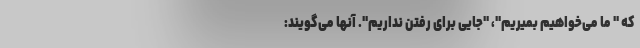
که " ما می‌خواهیم بمیریم"، "جایی برای رفتن نداریم". آنها می‌گویند: